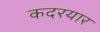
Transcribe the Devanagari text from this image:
कदरयार